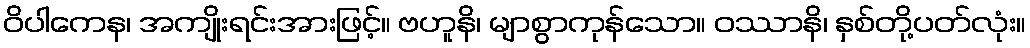
ဝိပါကေန၊ အကျိုးရင်းအားဖြင့်။ ဗဟူနိ၊ မျာစွာကုန်သော။ ဝဿာနိ၊ နှစ်တို့ပတ်လုံး။